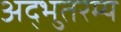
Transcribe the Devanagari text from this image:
अद्भुतरम्य